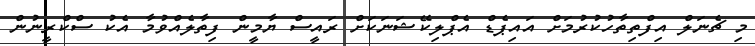
މި ޗެނަލް އިފްތިތާހުކުރުމަށް އައިޕެޑް އެޕްލިކޭޝަނަކަށް ރައީސް ޔާމީން ފިތާލެއްވުމާ އެކު ސްކްރީނުން